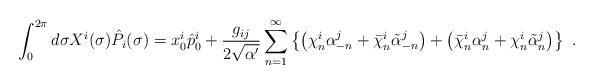
LaTeX: \begin{align*}\int^{2\pi}_{0} d\sigma X^{i}(\sigma)\hat{P}_{i}(\sigma) =x^{i}_{0}\hat{p}^{i}_{0} +\frac{g_{ij}}{2\sqrt{\alpha'}} \sum_{n=1}^{\infty}\left\{ \left( \chi_{n}^{i}\alpha^{j}_{-n} +\bar{\chi}^{i}_{n}\tilde{\alpha}^{j}_{-n} \right) +\left(\bar{\chi}_{n}^{i}\alpha^{j}_{n} +\chi_{n}^{i} \tilde{\alpha}^{j}_{n}\right) \right\}~.\end{align*}